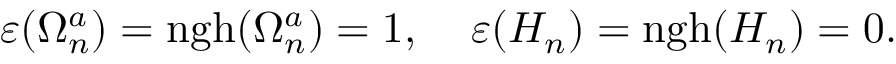
\varepsilon ( \Omega _ { n } ^ { a } ) = \mathrm { n g h } ( \Omega _ { n } ^ { a } ) = 1 , \; \; \; \; \varepsilon ( { \cal H } _ { n } ) = \mathrm { n g h } ( { \cal H } _ { n } ) = 0 .